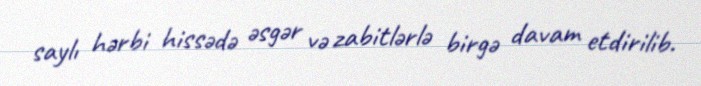
saylı hərbi hissədə əsgər və zabitlərlə birgə davam etdirilib.